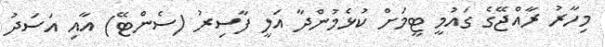
މިހާރު ރާއްޖޭގެ ގައުމީ ޓީމަށް ކުޅެމުންދާ އަލީ ފާސިރު (ސެންޓޭ) އާއި އަސަދު